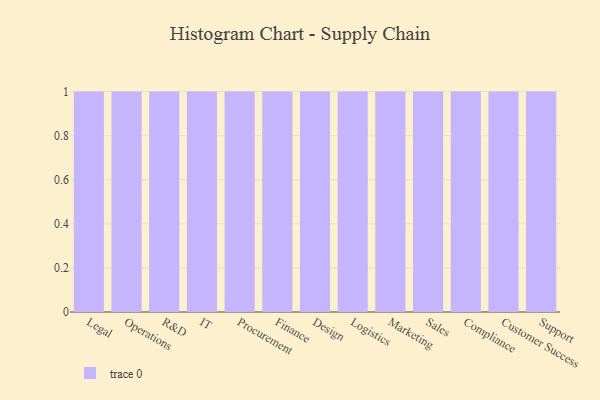
{"axis": {"x": "Department", "y": "Temperature (°C)"}, "legend": [""], "data": [{"x": "Legal", "y": 56, "type": ""}, {"x": "Operations", "y": 45, "type": ""}, {"x": "R&D", "y": 71, "type": ""}, {"x": "IT", "y": 43, "type": ""}, {"x": "Procurement", "y": 94, "type": ""}, {"x": "Finance", "y": 79, "type": ""}, {"x": "Design", "y": 48, "type": ""}, {"x": "Logistics", "y": 69, "type": ""}, {"x": "Marketing", "y": 81, "type": ""}, {"x": "Sales", "y": 61, "type": ""}, {"x": "Compliance", "y": 78, "type": ""}, {"x": "Customer Success", "y": 43, "type": ""}, {"x": "Support", "y": 99, "type": ""}]}